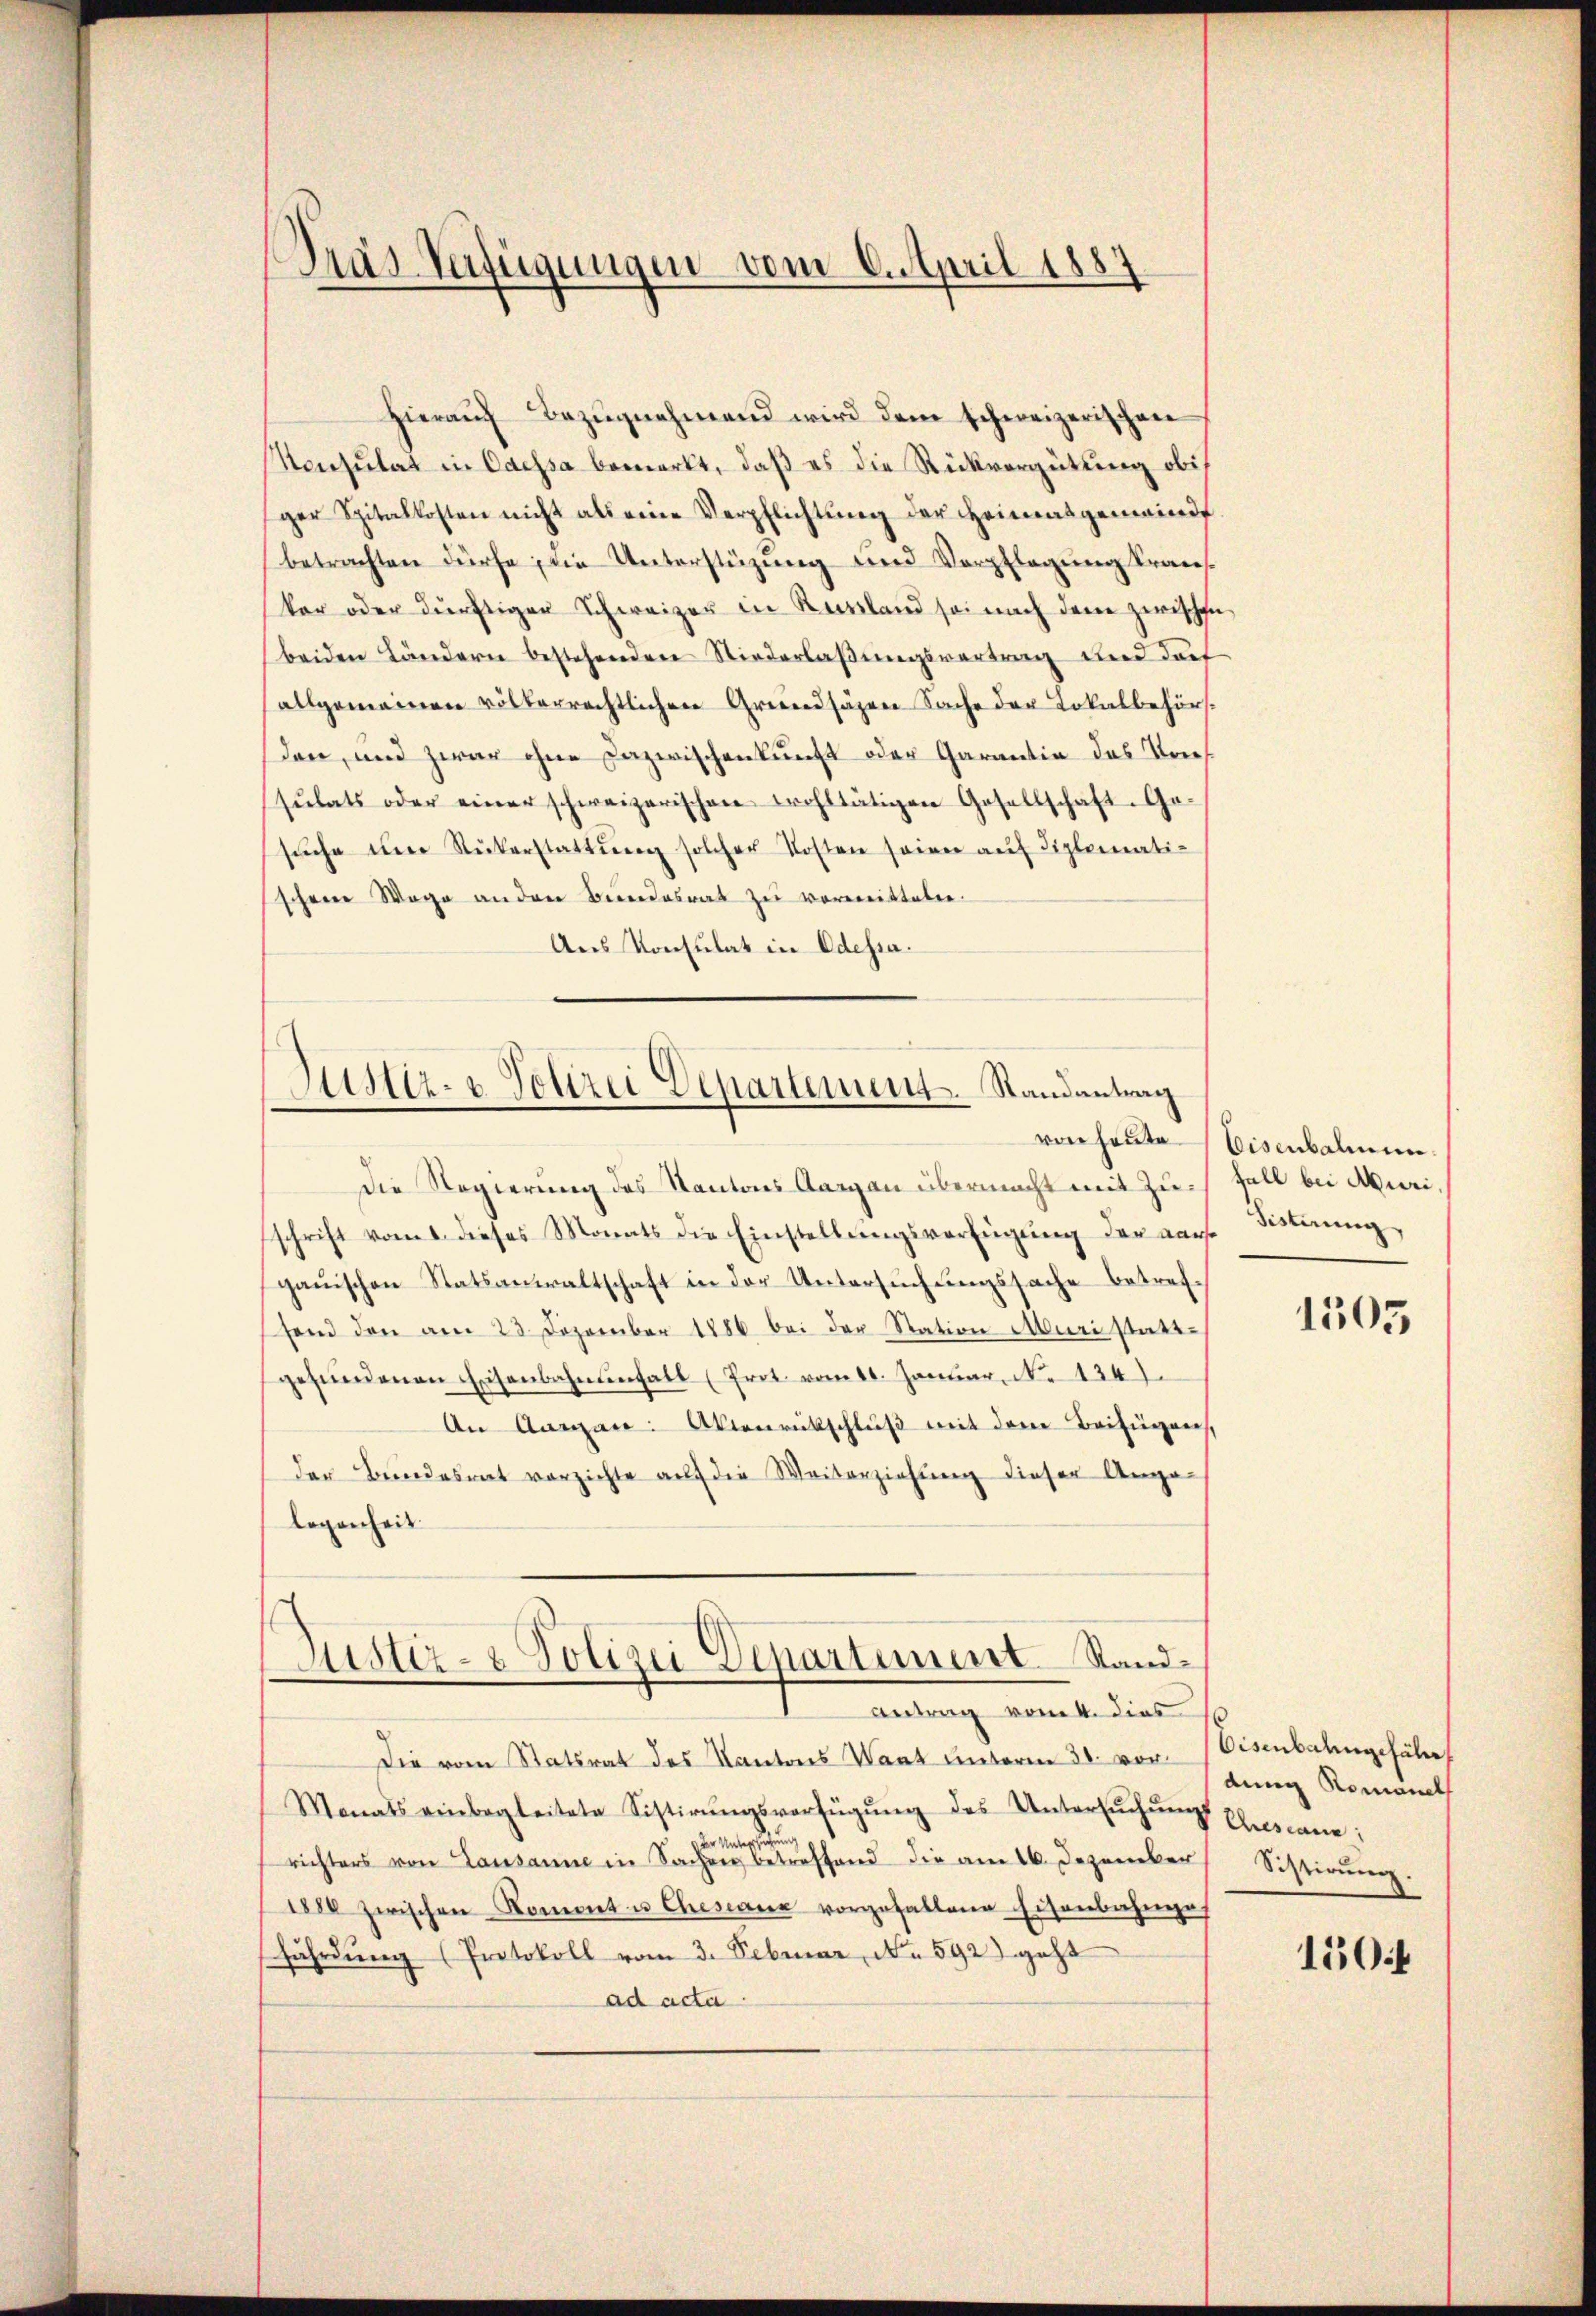
Pras Verfügungen vom 6. April 1887

Hierauf Bezugnahmend wird dem schweizerischen
Konsulat in Caessa bemerkt, daß es die Rückvergütung obis
ger Spitalkosten nicht als eine Verpflichtung der Heimatgemeinde
betrachten dürfe, die Unterstüzung und Verpflegung krankar oder dürftiger Schweizer in Russland sei nach dem zwischen,
beiden Ländern bestehenden Niederlaßungsvertrag und dort
allgemeinen völkerrechtlichen Grundsäzen Sache der Lokalbehörsden, und zwar ohne Dazwischenkunft oder Garantia des Vorf
sŭlats oder einer schweizerischen wohltätigen Gesellschaft. Ge-
sŭche im Rükerstattŭng solcher Kosten seien auf diplomatischen Wege anden Bereidesrat zu vermitteten.
Aus Konsulat in Odessa.

Justiz- & Polizei Departement. Randantrag

Die Regierung des Kantons Aargau übermacht mit Zuschrift vom 1. dieses Monats die Einstellungsverfügung der das Bistung,
gauischen Statsanwaltschaft in der Untersuchungssache betreffend den am 23. Dezember 1886 bei der Station Muri stattgefŭndenen Eisenbahnungalt (Prot vom 11. Januar. No 1241.
An Aargau. Abenrückschluß mit dem Beifügen,
der Bundesrat vorzichte auf die Weiterziehung dieser Ange-
legenheit
Justiz- & Polizei Departement Standantrag vom 4. dies
Die vom Statsrat des Kantons Want unterm 30. vor¬
Monats einbegleitete Sistirŭngsverfügŭng des Untersŭchŭngs
richters von Lausanne in Sache betreffend die am 16. Dezember
1880 zwischen Koment u Chesen vorgefallene Eisenbahnges
fährdŭng (Protokoll vom 3. Februar, No 592) geht
ad acta

von heute Eisenbalmen.
Fall bei Muri,

1505

Eisenbahngefähr
ding Romaneth
Cescanz;
Sistirŭng.

150f